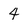
Character: 4